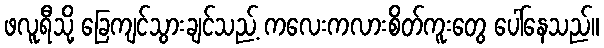
ဖလူရီသို့ ခြေကျင်သွားချင်သည့် ကလေးကလားစိတ်ကူးတွေ ပေါ်နေသည်။